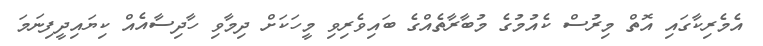
އެމެރިކާގައި އޮތް މިރުސް ކެއުމުގެ މުބާރާތެއްގެ ބައިވެރިވި މީހަކަށް ދިމާވި ހާދިސާއެއް ކިޔައިދީފިނަމަ